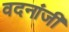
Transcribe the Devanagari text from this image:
वदनांजी